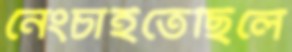
নেংচাইতেছিলে